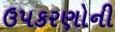
ઉપકરણોની